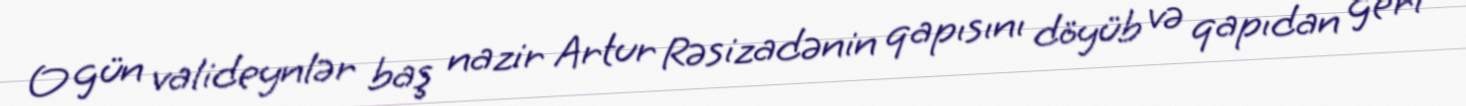
O gün valideynlər baş nazir Artur Rəsizadənin qapısını döyüb və qapıdan geri